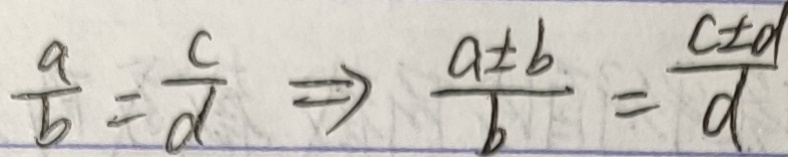
\frac { a } { b } = \frac { c } { d } \Rightarrow \frac { a \pm b } { b } = \frac { c \pm d } { d }